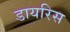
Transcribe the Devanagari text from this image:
डायरिस